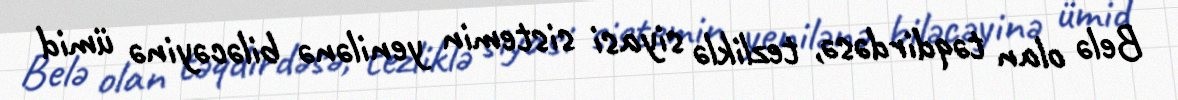
Belə olan təqdirdəsə, tezliklə siyasi sistemin yenilənə biləcəyinə ümid